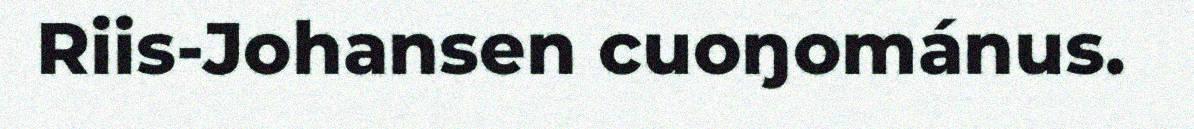
Riis-Johansen cuoŋománus.